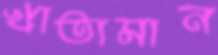
খাতামান